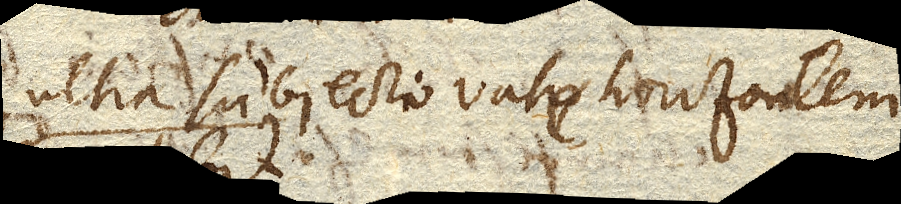
ultra Mercurii in subjecto vase horizontem